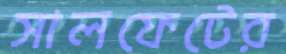
সালফেটের